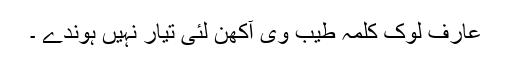
عارف لوک کلمہ طیب وی آکھن لئی تیار نہیں ہوندے ۔